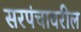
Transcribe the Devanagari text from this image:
सरपंचावरील